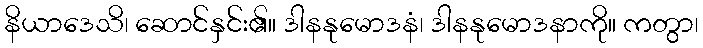
နိယာဒေသိ၊ ဆောင်နှင်း၏။ ဒါနနုမောဒနံ၊ ဒါနနုမောဒနာကို။ ကတွာ၊